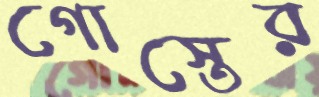
গোস্তের